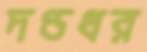
দণ্ডধর